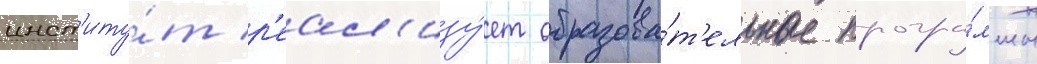
инст'иту́т р'еал'изу́ет образова́т'ельные програ́ммы